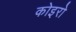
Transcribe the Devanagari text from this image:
कोइरो